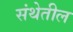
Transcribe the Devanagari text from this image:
संथेतील